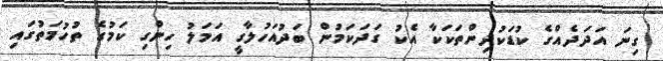
ގިނަ އަދަދެއްގެ ކުޑަކުދިންތަކަކާ އެކު ގަދަކަމުން ބަދުއަހުލާގީ އަމަލު ހިންގި ކަމުގެ ތުހުމަތުގައި